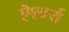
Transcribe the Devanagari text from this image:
ऎश्वर्य